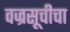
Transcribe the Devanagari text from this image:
वज्रसूचीचा